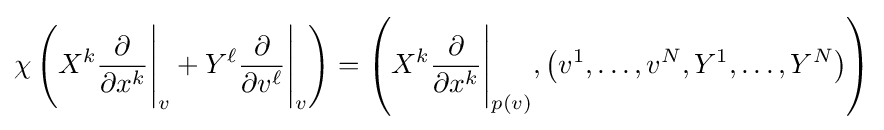
\chi \left(X^{k}{\frac {\partial }{\partial x^{k}}}{\Bigg |}_{v}+Y^{\ell }{\frac {\partial }{\partial v^{\ell }}}{\Bigg |}_{v}\right)=\left(X^{k}{\frac {\partial }{\partial x^{k}}}{\Bigg |}_{p(v)},\left(v^{1},\ldots ,v^{N},Y^{1},\ldots ,Y^{N}\right)\right)